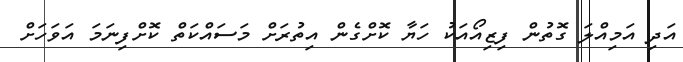
އަދި އަމިއްލަ ގޮތުން ފިޒިއޯއަކު ހަޔާ ކޮށްގެން އިތުރަށް މަސައްކަތް ކޮށްފިނަމަ އަވަހަށް